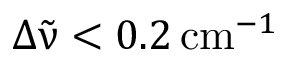
\Delta { \tilde { \upnu } } < 0 . 2 \, \mathrm { c m } ^ { - 1 }